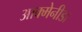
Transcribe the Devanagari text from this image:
आक्मेनीडा